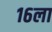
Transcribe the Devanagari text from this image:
१६ला